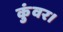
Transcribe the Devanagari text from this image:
कुंवर।